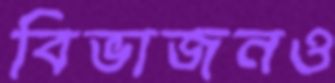
বিভাজনও